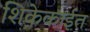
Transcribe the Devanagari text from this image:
शिकेकाईत